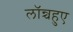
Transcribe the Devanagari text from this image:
लॉन्चहुए